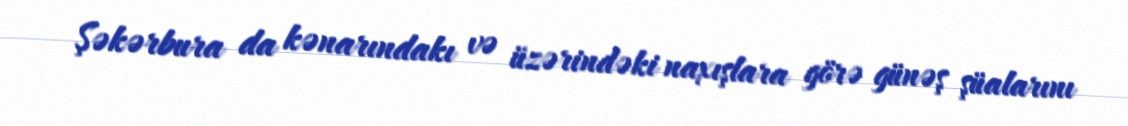
Şəkərbura da kənarındakı və üzərindəki naxışlara görə günəş şüalarını